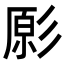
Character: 𭛔